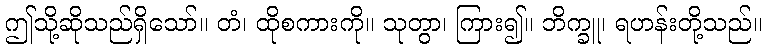
ဤသို့ဆိုသည်ရှိသော်။ တံ၊ ထိုစကားကို။ သုတွာ၊ ကြား၍။ ဘိက္ခူ၊ ရဟန်းတို့သည်။